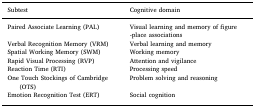
<table><thead><tr><td><b>Subtest</b></td><td><b>Cognitive domain</b></td></tr></thead><tbody><tr><td>Paired Associate Learning (PAL)</td><td>Visual learning and memory of figure -place associations</td></tr><tr><td>Verbal Recognition Memory (VRM)</td><td>Verbal learning and memory</td></tr><tr><td>Spatial Working Memory (SWM)</td><td>Working memory</td></tr><tr><td>Rapid Visual Processing (RVP)</td><td>Attention and vigilance</td></tr><tr><td>Reaction Time (RTI)</td><td>Processing speed</td></tr><tr><td>One Touch Stockings of Cambridge (OTS)</td><td>Problem solving and reasoning</td></tr><tr><td>Emotion Recognition Test (ERT)</td><td>Social cognition</td></tr></tbody></table>